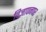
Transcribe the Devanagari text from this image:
विज्ञापनपर